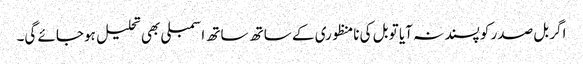
اگر بل صدر کو پسند نہ آیا تو بل کی نامنظوری کے ساتھ ساتھ اسمبلی بھی تحلیل ہوجائے گی۔